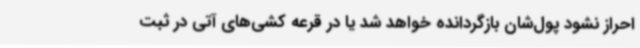
احراز نشود پول‌شان بازگردانده خواهد شد یا در قرعه کشی‌های آتی در ثبت